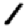
Digit: 1